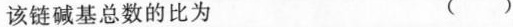
该链碱基总数的比为 ( )